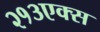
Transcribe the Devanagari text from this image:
२१३एक्स